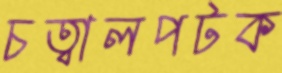
চত্বালপটক